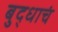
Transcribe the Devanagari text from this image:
बुद्धाचं